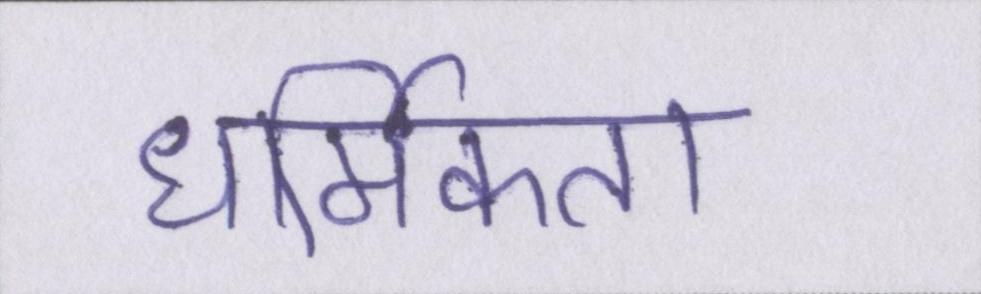
धार्मिकता